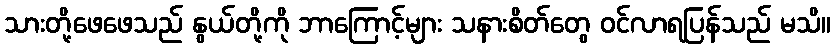
သားတို့ဖေဖေသည် နွယ်တို့ကို ဘာကြောင့်များ သနားစိတ်တွေ ဝင်လာရပြန်သည် မသိ။